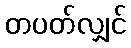
တပတ်လျှင်